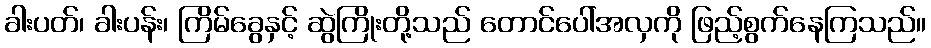
ခါးပတ်၊ ခါးပန်း၊ ကြိမ်ခွေနှင့် ဆွဲကြိုးတို့သည် တောင်ပေါ်အလှကို ဖြည့်စွက်နေကြသည်။